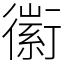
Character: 䘗